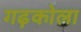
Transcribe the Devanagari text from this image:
गढ़कोला